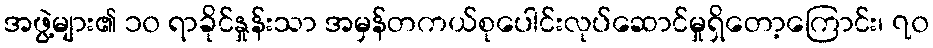
အဖွဲ့များ၏ ၁၀ ရာခိုင်နှုန်းသာ အမှန်တကယ်စုပေါင်းလုပ်ဆောင်မှုရှိတော့ကြောင်း၊ ၇၀